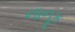
નાનૂક